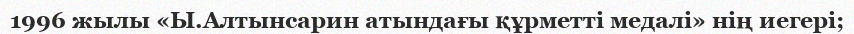
1996 жылы «Ы.Алтынсарин атындағы құрметті медалі» нің иегері;